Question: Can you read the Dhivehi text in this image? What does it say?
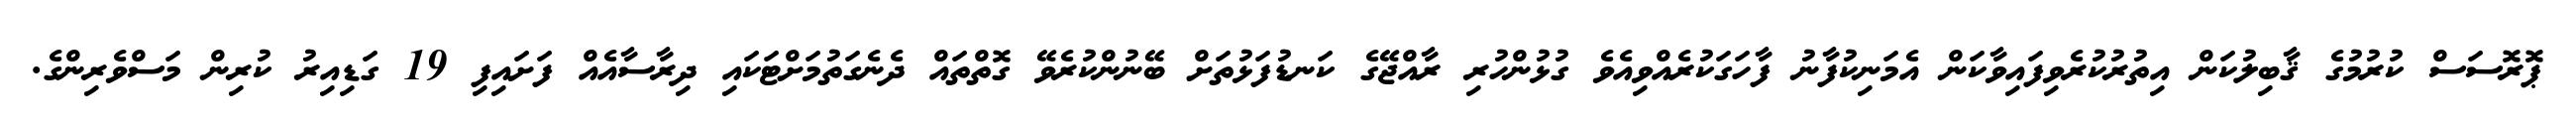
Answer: ޕޮރޮސަސް ކުރުމުގެ ޤާބިލުކަން އިތުރުކުރެވިފައިވާކަން އެމަނިކުފާނު ފާހަގަކުރެއްވިއެވެ ގުޅުންހުރި ރާއްޖޭގެ ކަނޑުފަޅުތަށް ބޭނުންކުރެވޭ ގޮތްތައް ދެނެގަތުމަށްޓަކައި ދިރާސާއެއް ފަށައިފި 19 ގަޑިއިރު ކުރިން މަސްވެރިންގެ.